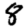
Digit: 8